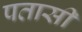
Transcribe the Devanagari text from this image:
पतासी